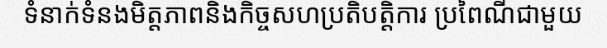
ទំនាក់ទំនងមិត្តភាពនិងកិច្ចសហប្រតិបត្តិការ ប្រពៃណីជាមួយ